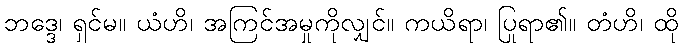
ဘဒ္ဒေ၊ ရှင်မ။ ယံဟိ၊ အကြင်အမှုကိုလျှင်။ ကယိရာ၊ ပြုရာ၏။ တံဟိ၊ ထို